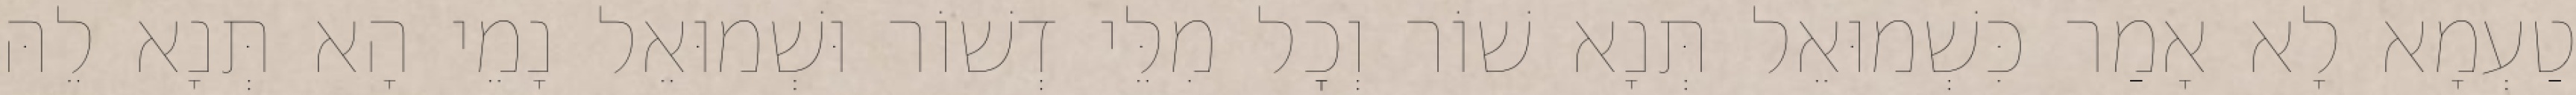
טַעְמָא לָא אָמַר כִּשְׁמוּאֵל תְּנָא שׁוֹר וְכׇל מִלֵּי דְשׁוֹר וּשְׁמוּאֵל נָמֵי הָא תְּנָא לֵהּ